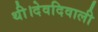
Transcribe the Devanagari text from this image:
थी।देवदिवाली